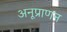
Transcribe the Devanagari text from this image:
अनूप्राणन